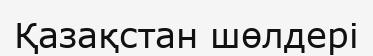
Қазақстан шөлдері